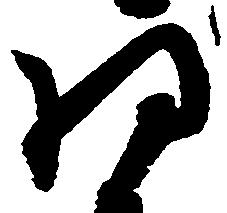
将